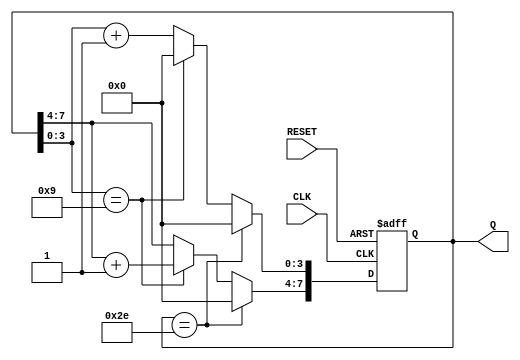
module COUNTER(CLK, RESET, Q);
    input CLK, RESET;
    output [7:0] Q;

    reg [7:0] Q;

    always @(posedge CLK or negedge RESET)
        begin
            if (!RESET)
                Q <= 8'h00;
            else
                begin
                    if (Q[3:0] == 4'h9)
                        begin
                            Q[3:0] <= 4'h0;
                            Q[7:4] <= Q[7:4] + 1'b1;
                        end
                    else
                        Q[3:0] <= Q[3:0] + 1'b1;
                    
                    if (Q == 8'h2E)
                        Q <= 8'h00;
                end
        end
endmodule